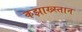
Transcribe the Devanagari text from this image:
कझाख्स्तान